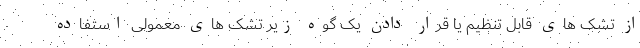
از تشک های قابل تنظیم یا قرار دادن یک گوه زیر تشک های معمولی استفاده